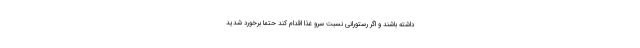
داشته باشند و اگر رستورانی نسبت سرو غذا اقدام کند حتماً برخورد شدید